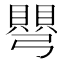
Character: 𭛋